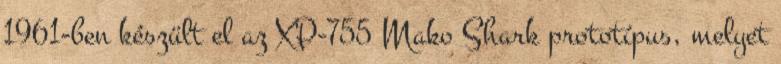
1961-ben készült el az XP-755 Mako Shark prototípus, melyet